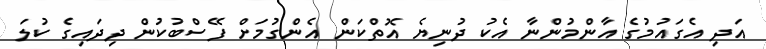
އަދި އެގައުމުގެ އާންމުންނާ އެކު ދުނިޔެ އޮތްކަން އެންގުމަށް ފޭސްބުކުން ދިދައިގެ ކުލަ